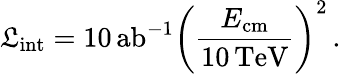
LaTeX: \displaystyle\mathfrak{L}_{\mathrm{{int}}}=10\, \mathrm{{ab}}^{-1}\left(\frac{E_{\mathrm{{cm}}}}{10\, \mathrm{{TeV}}}\right)^{2}\, .